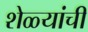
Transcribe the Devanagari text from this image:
शेळ्यांची